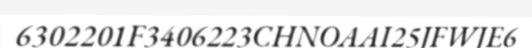
6302201F3406223CHNOAAI25JFWJE6